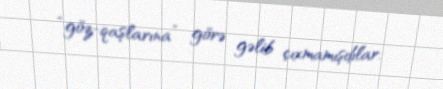
“göz-qaşlarına” görə gəlib çıxmamışdılar.